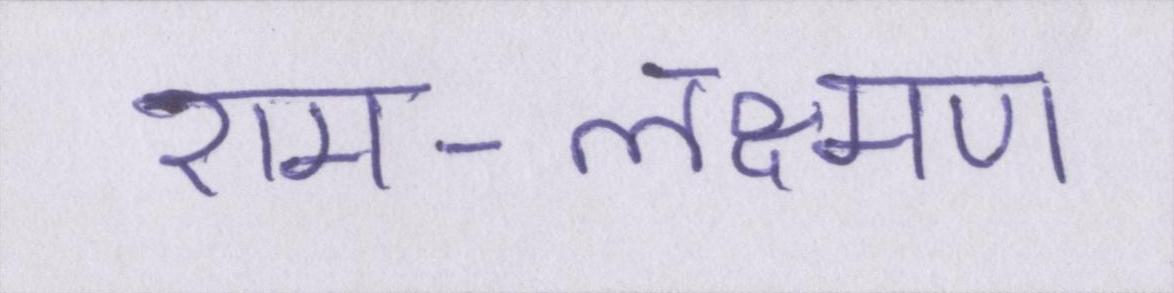
राम-लक्ष्मण